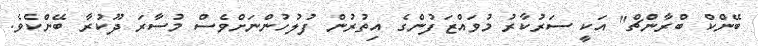
ބޭންކް ބްރާންޗް" އަކީ ސަރުކާރު މުވައްޒަފުންގެ އިތުރުން ފުލުހުންނަށްވެސް މުސާރަ ދޫކުރާ ބޭންކެވެ.